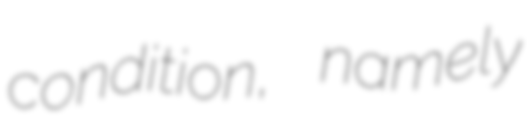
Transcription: condition, namely